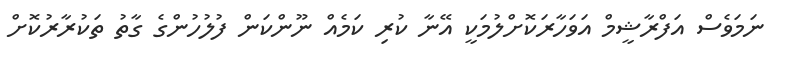
ނަމަވެސް އަފްރާޝީމް އަވަހާރަކޮށްލުމަކީ އޭނާ ކުރި ކަމެއް ނޫންކަން ފުލުހުންގެ ގާތު ތަކުރާރުކޮށް